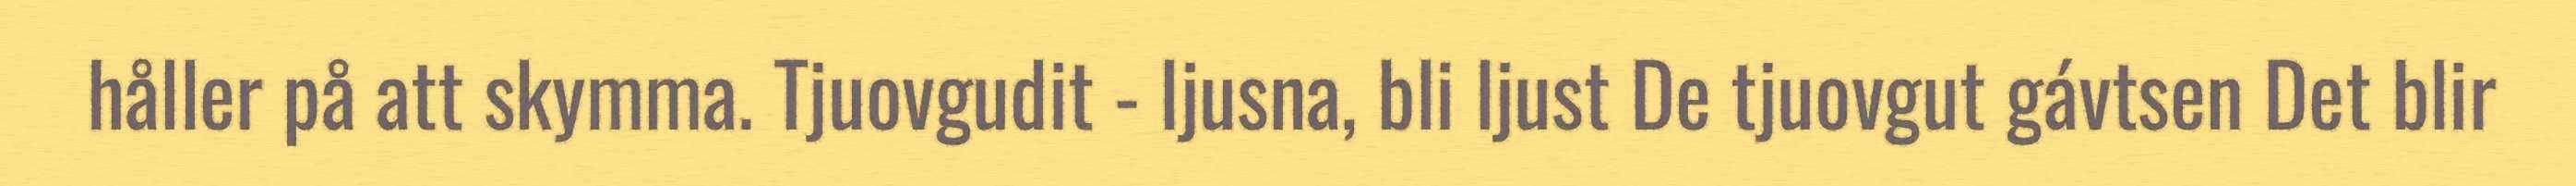
håller på att skymma. Tjuovgudit - ljusna, bli ljust De tjuovgut gávtsen Det blir